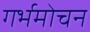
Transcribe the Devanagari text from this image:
गर्भमोचन